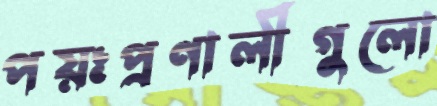
পয়ঃপ্রণালীগুলো